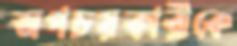
অপচয়কারীকে